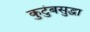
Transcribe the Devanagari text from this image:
कुटुंबसुद्धा